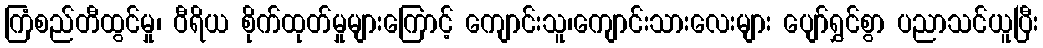
ကြံစည်တီထွင်မှု၊ ဝီရိယ စိုက်ထုတ်မှုများကြောင့် ကျောင်းသူ၊ကျောင်းသားလေးများ ပျော်ရွှင်စွာ ပညာသင်ယူပြီး